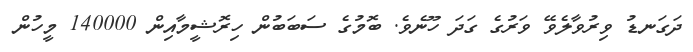
ދަގަނޑު ވިރުވާލެވޭ ވަރުގެ ގަދަ ހޫނެވެ. ބޮމުގެ ސަބަބުން ހިރޮޝީމާއިން 140000 މީހުން